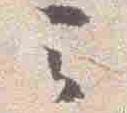
云